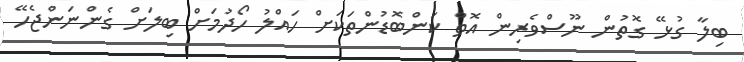
ބިލާ ގުޅޭ ގޮތުން ނޫސްވެރިން އޮތް ކަންބޮޑުންތަކަށް ހައްލު ހޯދުމަށް ބިލަށް ގެންނަންޖެހޭ